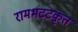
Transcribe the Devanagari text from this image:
रामभटटकृत